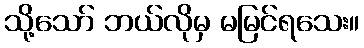
သို့သော် ဘယ်လိုမှ မမြင်ရသေး။